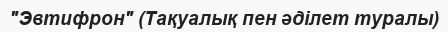
"Эвтифрон" (Тақуалық пен әділет туралы)